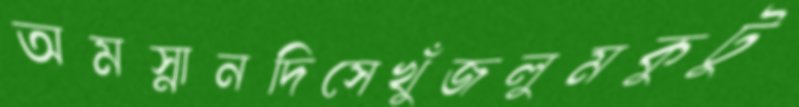
অমস্নানদিসেখুঁজলুমকুটু